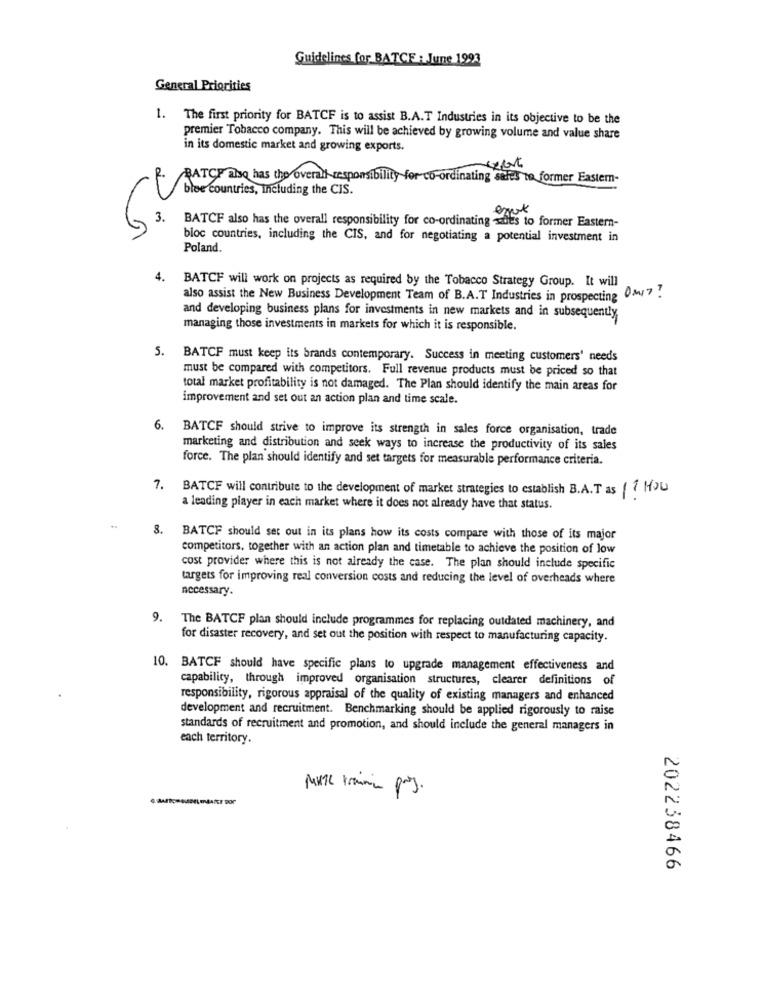
Guidelines for BATCE : June 1993
General Priorities
1. The first priority for BATCF is to assist B.A.T Industries in its objective to be the
premier Tobacco company. This will be achieved by growing volume and value share
in its domestic market and growing exports.
R. BATCH also has the overall responsibility for co-ordinating sales to former Eastern-
bloe countries, including the CIS.
expert
3. BATCF also has the overall responsibility for co-ordinating she's to former Eastern-
bloc countries, including the CIS, and for negotiating a potential investment in
Poland.
4.
BATCH will work on projects as required by the Tobacco Strategy Group. It will
also assist the New Business Development Team of B.A.T Industries in prospecting 017!
and developing business plans for investments in new markets and in subsequently
managing those investments in markets for which it is responsible.
5. BATCF must keep its brands contemporary. Success in meeting customers' needs
must be compared with competitors. Full revenue products must be priced so that
total market profitability is not damaged. The Plan should identify the main areas for
improvement and set out an action plan and time scale.
BATCF should strive to improve its strength in sales force organisation, trade
marketing and distribution and seek ways to increase the productivity of its sales
force. The plan should identify and set targets for measurable performance criteria.
7.
BATCF will contribute to the development of market strategies to establish B.A.T as 1 How
a leading player in each market where it does not already have that status.
8.
BATCF should set out in its plans how its costs compare with those of its major
competitors, together with an action plan and timetable to achieve the position of low
cost provider where this is not already the case. The plan should include specific
targets for improving real conversion costs and reducing the level of overheads where
necessary.
9. The BATCF plan should include programmes for replacing outdated machinery, and
for disaster recovery, and set out the position with respect to manufacturing capacity.
10. BATCF should have specific plans to upgrade management effectiveness and
capability, through improved organisation structures, clearer definitions of
responsibility, rigorous appraisal of the quality of existing managers and enhanced
development and recruitment. Benchmarking should be applied rigorously to raise
standards of recruitment and promotion, and should include the general managers in
each territory.
202238466